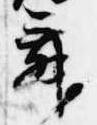
舞